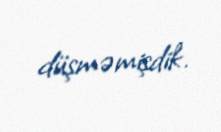
düşməmişdik.